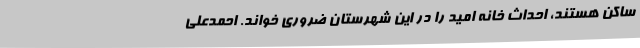
ساکن هستند، احداث خانه امید را در این شهرستان ضروری خواند. احمدعلی